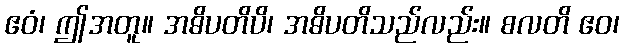
ဧဝံ၊ ဤအတူ။ အဓိပတိပိ၊ အဓိပတိသည်လည်း။ စလတိ ဧဝ၊